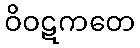
ဝိဝဋကတေ